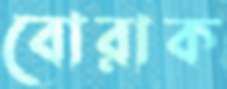
বোরাক